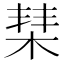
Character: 𣓵